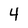
Character: 4